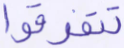
تتفرقوا